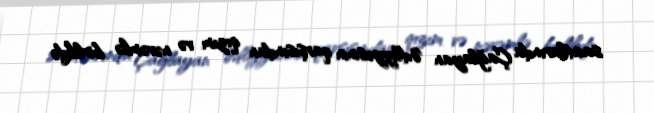
saatlarında Çağlayan Ədliyyəsinin qarşısından qızım və nəvəmlə birlikdə